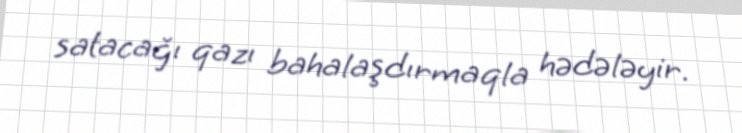
satacağı qazı bahalaşdırmaqla hədələyir.